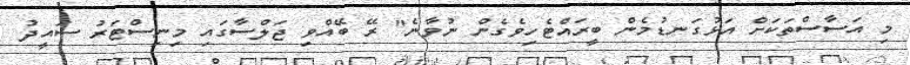
މި އަސާސްތަކަށް އަޅުގަނޑުމެން ބީރައްޓެހިވެގެން ނުވާނެ" ރޭ ބޭއްވި ޖަލްސާގައި މިނިސްޓަރު ސައީދު